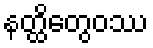
နတ္ထိတွေဝဿ